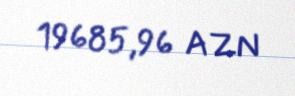
19685,96 AZN